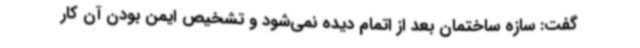
گفت: سازه ساختمان بعد از اتمام دیده نمی‌شود و تشخیص ایمن بودن آن کار